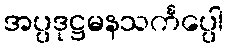
အပ္ပဒုဋ္ဌမနသင်္ကပ္ပေါ